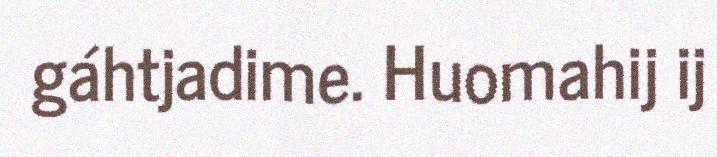
gáhtjadime. Huomahij ij